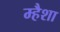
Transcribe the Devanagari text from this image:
म्हैशा